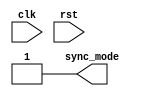
module can_bsp
( 
  clk,
  rst,
  sync_mode
);

parameter Tp = 1;

input        clk;
input        rst;
output       sync_mode;

assign sync_mode = 1; // Hard synchronization


endmodule